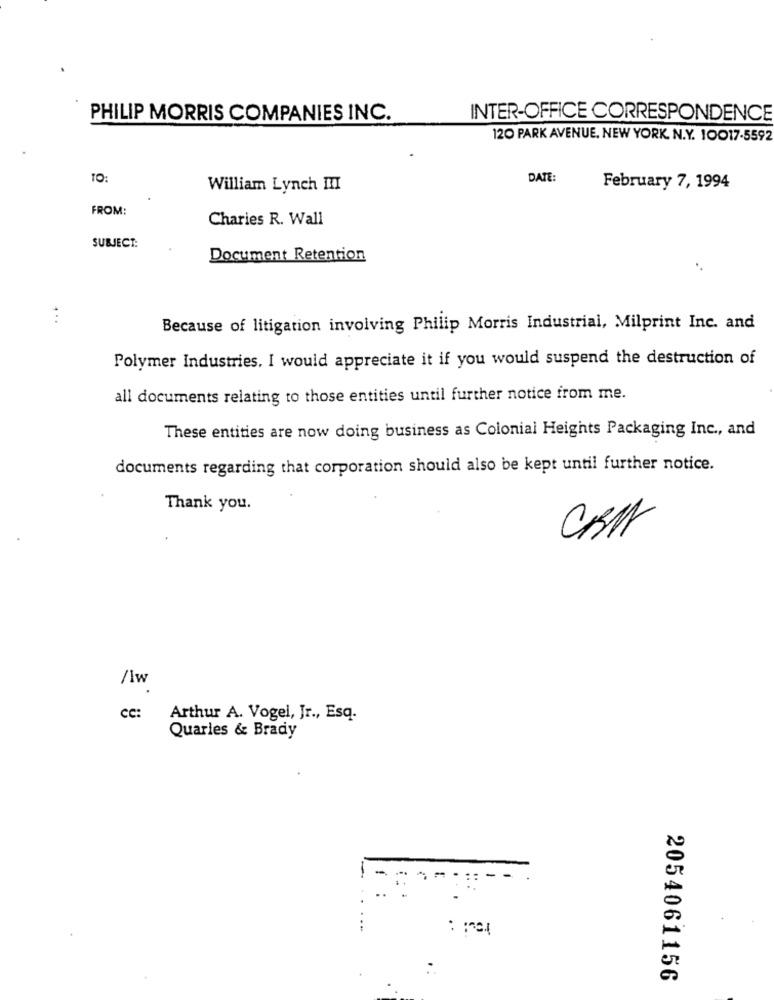
PHILIP MORRIS COMPANIES INC.
INTER-OFFICE CORRESPONDENCE
120 PARK AVENUE, NEW YORK. N.Y. 10017-5592
TO:
DATE:
William Lynch III
February 7, 1994
FROM:
Charies R. Wall
SUBJECT:
Document Retention
4 ..
Because of litigation involving Philip Morris Industrial, Milprint Inc. and
Polymer Industries, I would appreciate it if you would suspend the destruction of
all documents relating to those entities until further notice from me.
These entities are now doing business as Colonial Heights Packaging Inc ., and
documents regarding that corporation should also be kept until further notice.
Thank you.
CRI
/w
cc:
Arthur A. Vogel, Jr ., Esq.
Quarles & Brady
2054061156